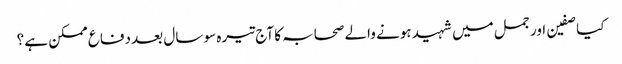
کیا صفین اور جمل میں شہید ہونے والے صحابہ کا آج تیرہ سو سال بعد دفاع ممکن ہے ؟